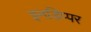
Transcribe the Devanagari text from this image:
इनडिप्पर